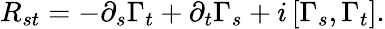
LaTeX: R_{st}=-\partial_{s}\Gamma_{t}+\partial_{t}\Gamma_{s}+i\left[\Gamma_{s},\Gamma_{t}\right].